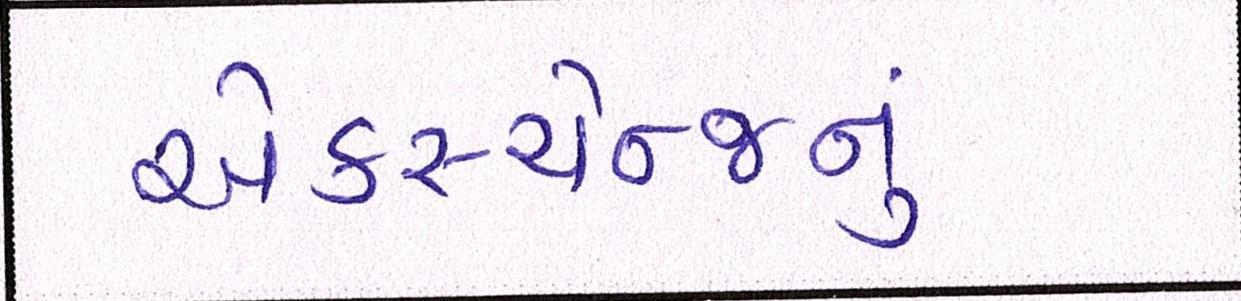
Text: એક્સ્ચેન્જનું